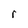
Character: r